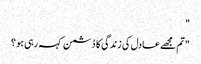
"
"تم مجھے عادل کی زندگی کا دُشمن کہہ رہی ہو ؟